Calcutta medical institutions reports 1879-81 [i.e.91]
Year: 1879
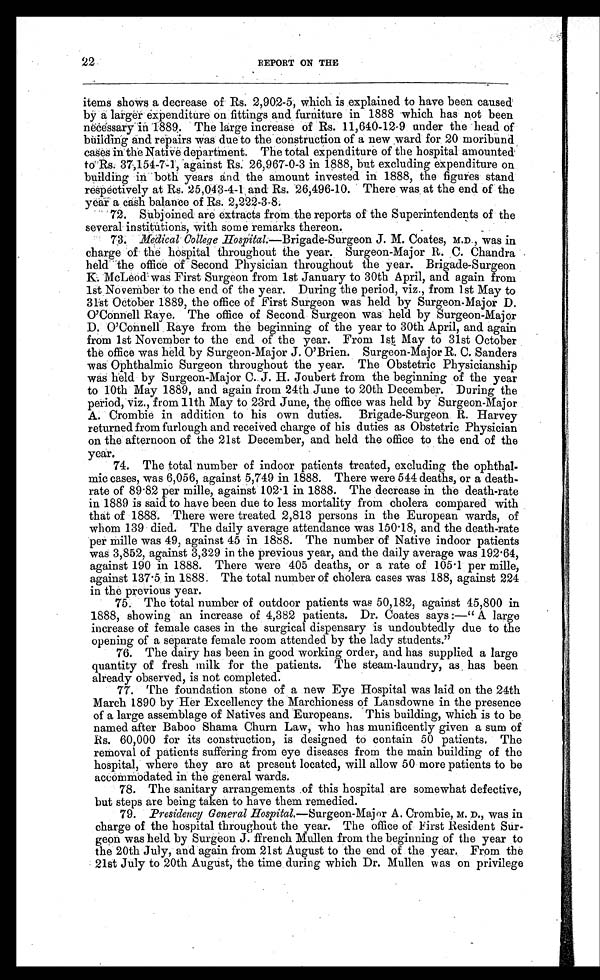
22
REPORT ON THE
items shows a decrease of Rs. 2,902-5, which is explained to have been caused
by a larger expenditure on fittings and furniture in 1888 which has not been
necessary in 1889. The large increase of Rs. 11,640-12-9 under the head of
building and repairs was due to the construction of a new ward for 20 moribund
cases in the Native department. The total expenditure of the hospital amounted
to Rs. 37,154-7-1, against Rs. 26,967-0-3 in 1888, but excluding expenditure on
building in both years and the amount invested in 1888, the figures stand
respectively at Rs. 25,043-4-1 and Rs. 26,496-10. There was at the end of the
year a cash balance of Rs. 2,222-3-8.
72. Subjoined are extracts from the reports of the Superintendents of the
several institutions, with some remarks thereon.
73
. Medical College Hospital.—Brigade-Surgeon J. M. Coates, M.D., was in
charge of the hospital throughout the year. Surgeon-Major R. C. Chandra
held the office of Second Physician throughout the year. Brigade-Surgeon
K. McLeod was First Surgeon from 1st January to 30th April, and again from
1st November to the end of the year. During the period, viz., from 1st May to
3Ist October 1889, the office of First Surgeon was held by Surgeon-Major D.
O’Connell Raye. The office of Second Surgeon was held by Surgeon-Major
D. O’Connell Raye from the beginning of the year to 30th April, and again
from 1st November to the end of the year. From 1st May to 31st October
the office was held by Surgeon-Major J. O’Brien. Surgeon-Major R. C. Sanders
was Ophthalmic Surgeon throughout the year. The Obstetric Physicianship
was held by Surgeon-Major C. J. H. Joubert from the beginning of the year
to 10th May 1889, and again from 24th June to 20th December. During the
period, viz., from 11th May to 23rd June, the office was held by Surgeon-Major
A. Crombie in addition to his own duties. Brigade-Surgeon. R. Harvey
returned from furlough and received charge of his duties as Obstetric Physician
on the afternoon of the 21st December, and held the office to the end of the
year.
74. The total number of indoor patients treated, excluding the ophthal--
mic cases, was 6,056, against 5,749 in 1888. There were 544 deaths, or a death-
rate of 89.82 per mille, against 102.1 in 1888. The decrease in the death-rate
in 1889 is said to have been due to less mortality from cholera compared with
that of 1888. There were treated 2,813 persons in the European wards, of
whom 139 died. The daily average attendance was 150.18, and the death-rate
per mille was 49, against 45 in 1888. The number of Native indoor patients
was 3,852, against 3,329 in the previous year, and the daily average was 192.64,
against 190 in 1888. There were 405 deaths, or a rate of 105.1 per mille,
against 137.5 in 1888. The total number of cholera cases was 188, against 224
in the previous year.
75. The total number of outdoor patients was 50,182, against 45,800 in
1888, showing an increase of 4,382 patients. Dr. Coates says:— “A large
increase of female cases in the surgical dispensary is undoubtedly due to the
opening of a separate female room attended by the lady students.
”
76.
The dairy has been in good working order, and has supplied a large
quantity of fresh milk for the patients. The steam-laundry, as has been
already observed, is not completed.
77.
The foundation stone of a new Eye Hospital was laid on the 24th
March 1890 by Her Excellency the Marchioness of Lansdowne in the presence
of a large assemblage of Natives and Europeans. This building, which is to be
named after Baboo Shama Churn Law, who has munificently given a sum of
Rs. 60,000 for its construction, is designed to contain 50 patients. The
removal of patients suffering from eye diseases from the main building of the
hospital, where they are at present located, will allow 50 more patients to be
accommodated in the general wards.
78. The sanitary arrangements of this hospital are somewhat defective,
but steps are being taken to have them remedied.
79.
Presidency General Hospital. —Surgeon-Major A. Crombie, M. D., was in
charge of the hospital throughout the year. The office of First Resident Sur-
- g e o n w a s h e l d b y S u r g e o n J . f f r e n c h M u l l e n f r o m t h e b e g i n n i n g o f t h e y e a r t o
the 20th July, and again from 21st August to the end of the year. From the
21st July to 20th August, the time during which Dr. Mullen was on privilege